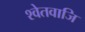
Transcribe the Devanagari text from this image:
श्वेतवाजि